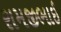
રામજીભાઈ